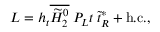
{ \cal L } = h _ { t } \overline { { { \widetilde { H } _ { 2 } ^ { 0 } } } } \: P _ { L } t \: \widetilde { t } _ { R } ^ { * } + \mathrm { h . c . } ,